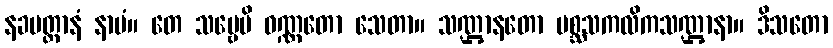
နခပတ္တာနံ နာမံ။ တေ သဗ္ဗေပိ ဝဏ္ဏတော သေတာ။ သဏ္ဌာနတော မစ္ဆသကလိကသဏ္ဌာနာ။ ဒိသတော